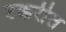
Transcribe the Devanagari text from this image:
टक्करीत